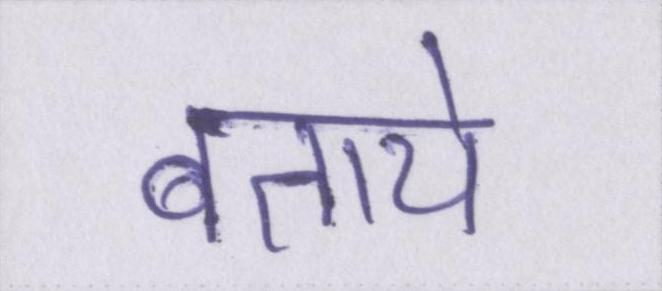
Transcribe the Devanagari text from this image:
बताये